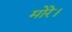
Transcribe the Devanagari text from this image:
मोरे।